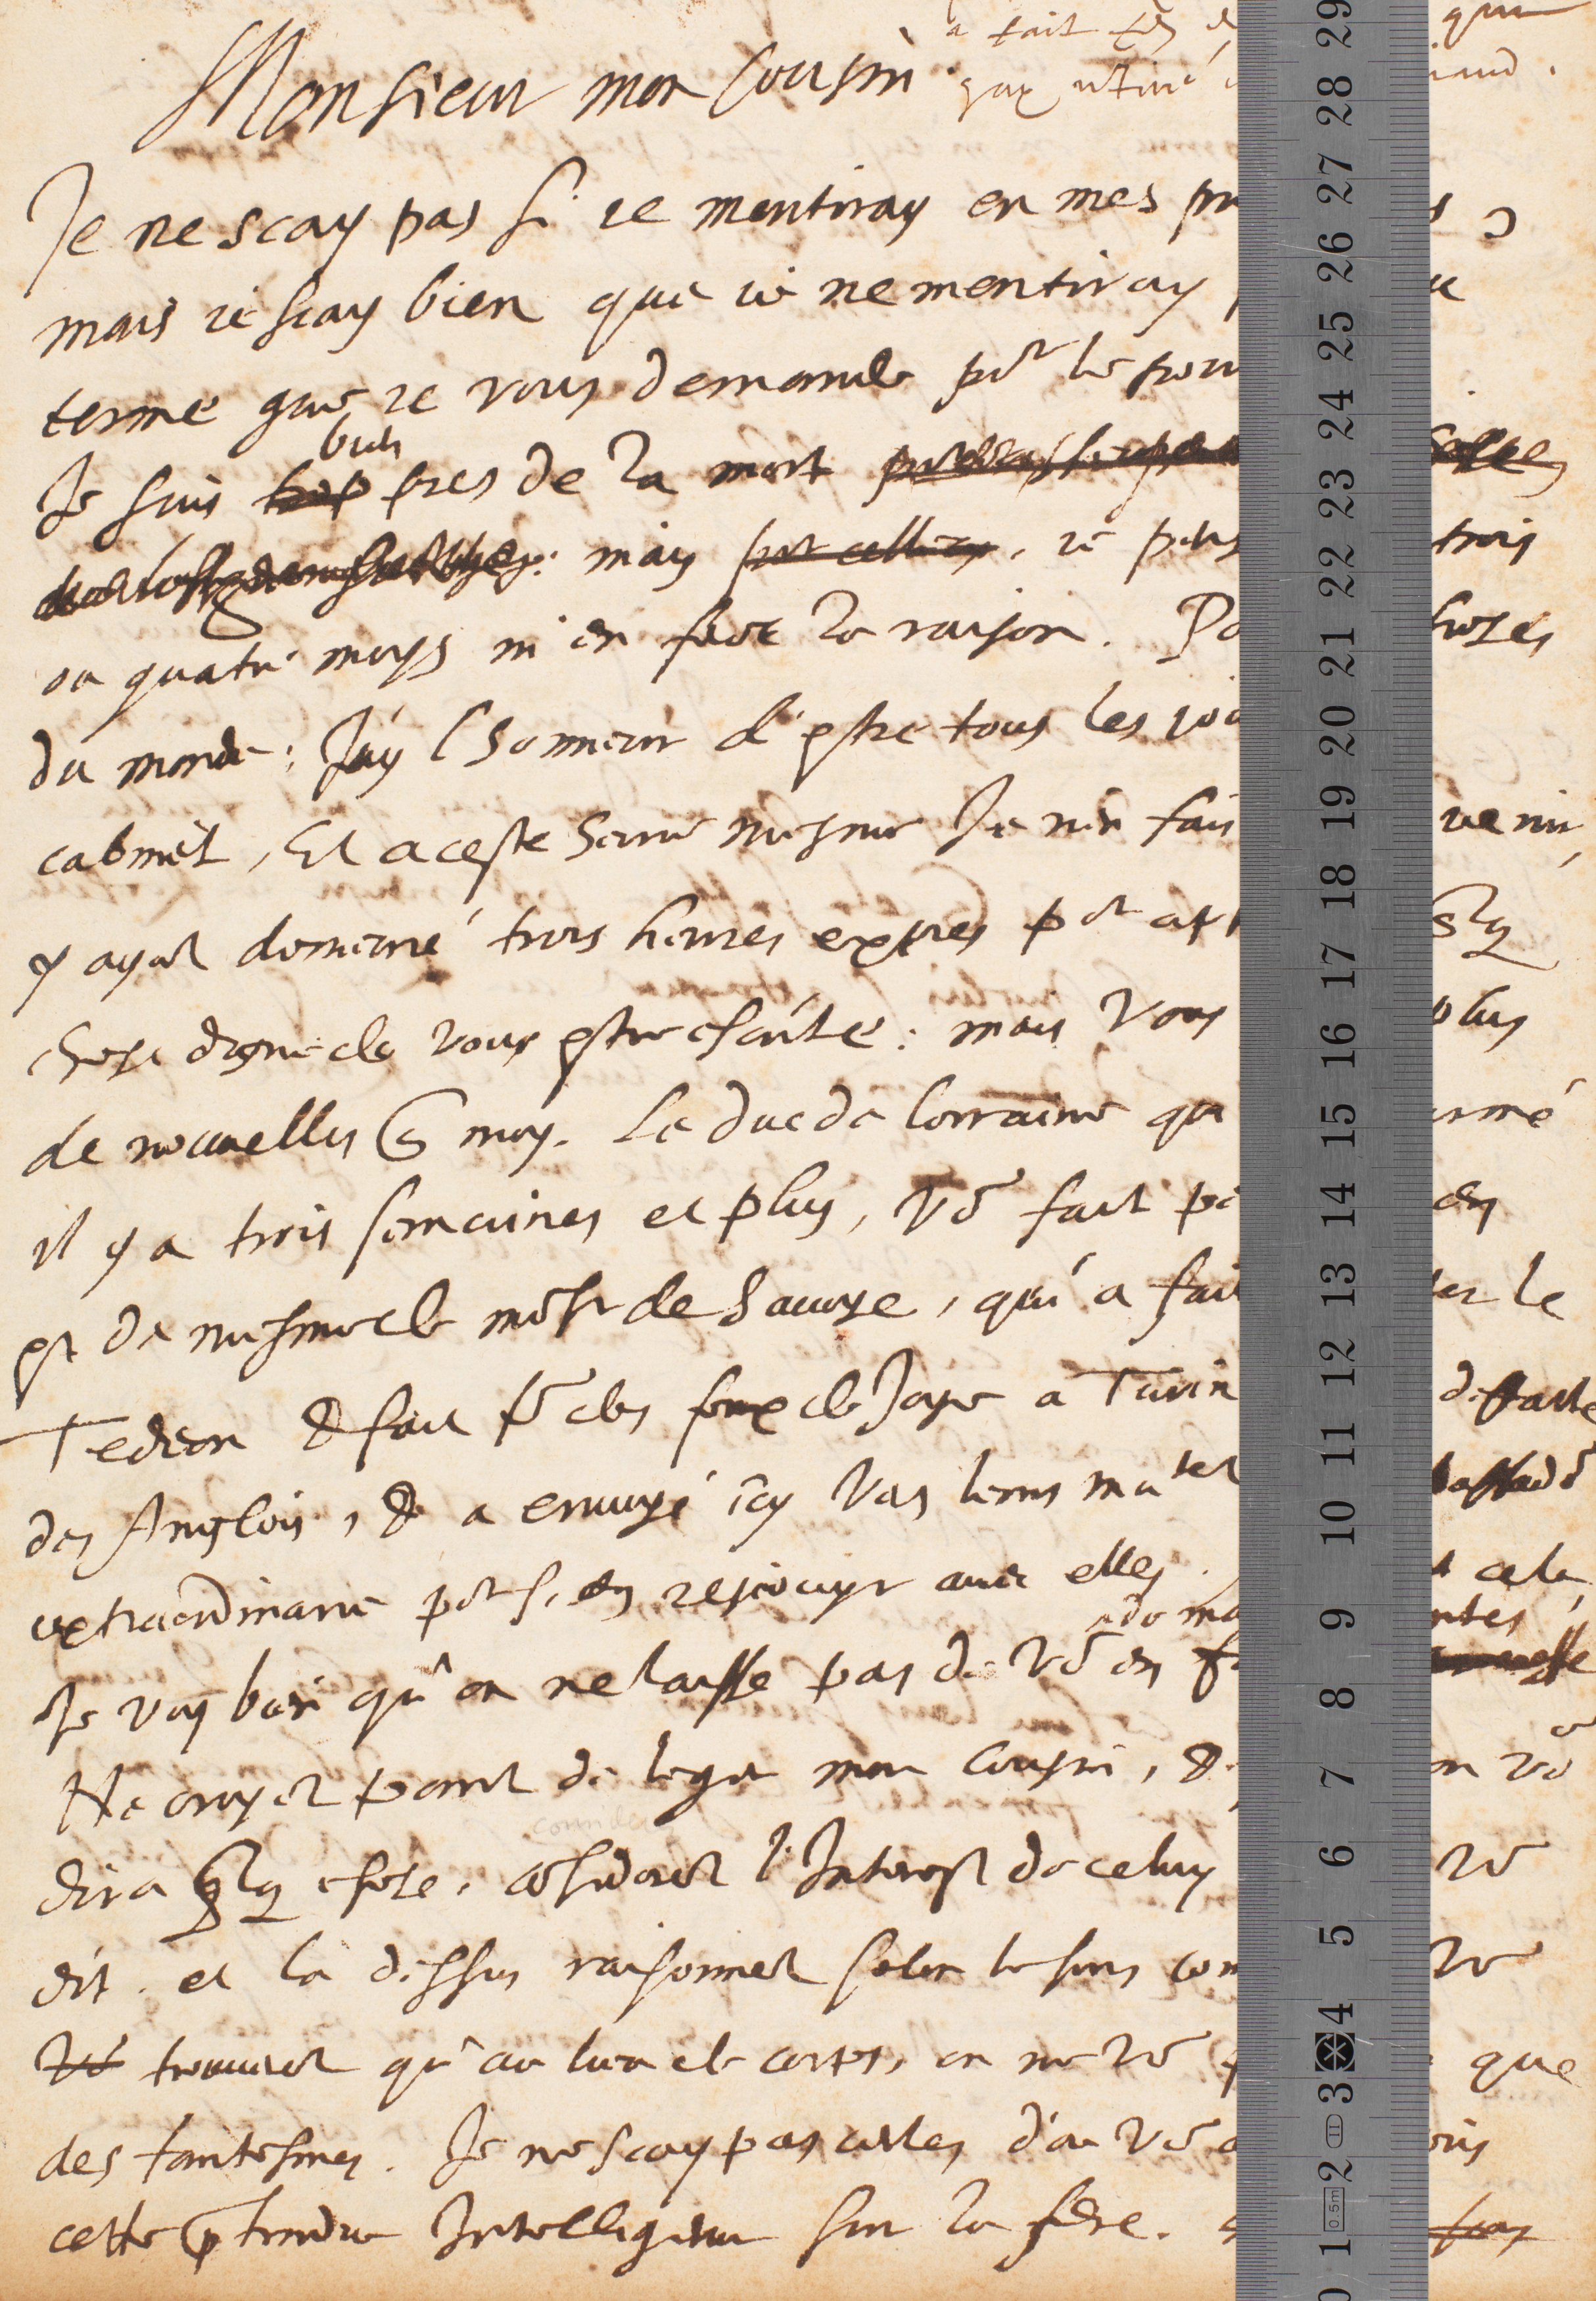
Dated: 1628–1628